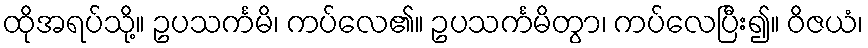
ထိုအရပ်သို့။ ဥပသင်္ကမိ၊ ကပ်လေ၏။ ဥပသင်္ကမိတွာ၊ ကပ်လေပြီး၍။ ဝိဇယံ၊